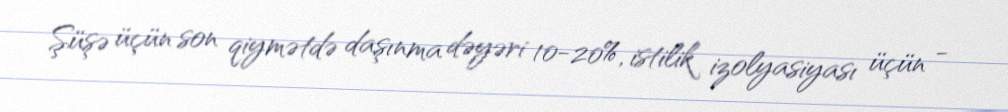
Şüşə üçün son qiymətdə daşınma dəyəri 10-20%, istilik izolyasiyası üçün -